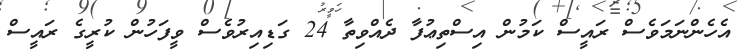
އެހެންނަމަވެސް ރައީސް ކަމުން އިސްތިޢުފާ ދެއްވިތާ 24 ގަޑިއިރުވެސް ވީފަހުން ކުރީގެ ރައީސް